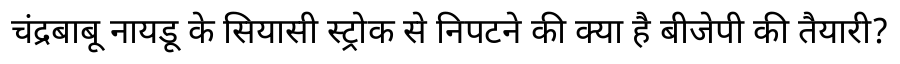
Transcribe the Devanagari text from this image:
चंद्रबाबू नायडू के सियासी स्ट्रोक से निपटने की क्या है बीजेपी की तैयारी?